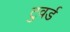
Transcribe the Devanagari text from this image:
टुवर्ड